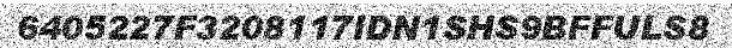
6405227F3208117IDN1SHS9BFFULS8